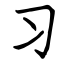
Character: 习